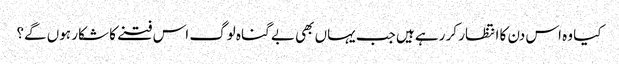
کیا وہ اس دن کا انتظار کر رہے ہیں جب یہاں بھی بے گناہ لوگ اس فتنے کا شکار ہوں گے؟